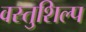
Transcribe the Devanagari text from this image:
वस्तुशिल्प